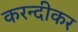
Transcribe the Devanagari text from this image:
करन्दीकर